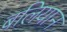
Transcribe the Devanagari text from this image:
बलियान